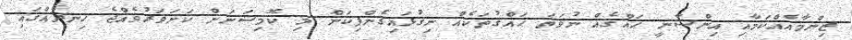
ޒިންމާއެއްކަމާއި އިންސާނީ ޙައްޤެއް ނުވަތަ ޙަައްޤުތަކެއް ނިގުޅައިގެންފިކަން މި ކޮމިޝަނަށް ކަށަވަރުވެއްޖެ ހިނދެއްގައި